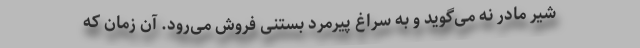
شیر مادر نه می‌گوید و به سراغ پیرمرد بستنی فروش می‌رود. آن زمان که